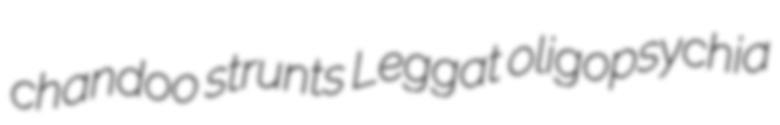
chandoo strunts Leggat oligopsychia